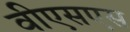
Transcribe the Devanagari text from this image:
वीएसएस